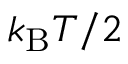
k _ { \mathrm { B } } T / 2